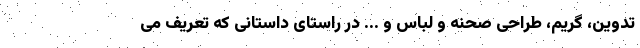
تدوین، گریم، طراحی صحنه و لباس و ... در راستای داستانی که تعریف می